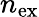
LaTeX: n_{\mathrm{ex}}